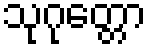
သုဂုတ္တော